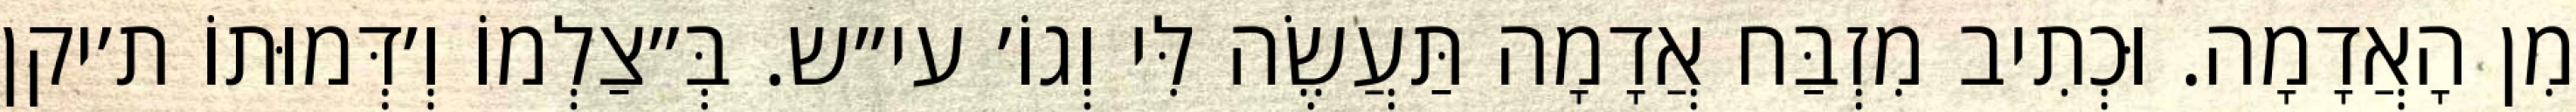
מִן הָאֲדָמָה. וּכְתִיב מִזְבַּח אֲדָמָה תַּעֲשֶׂה לִּי וְגוֹ׳ עי״ש. בְּ״צַלְמוֹ וְ׳דְּמוּתוֹ ת׳יקן